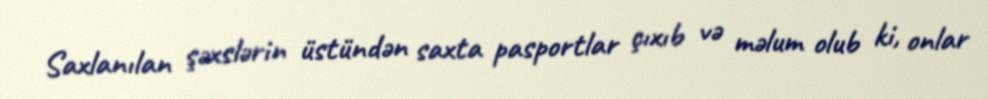
Saxlanılan şəxslərin üstündən saxta pasportlar çıxıb və məlum olub ki, onlar